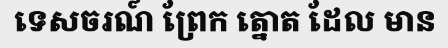
ទេសចរណ៍ ព្រែក ត្នោត ដែល មាន